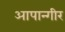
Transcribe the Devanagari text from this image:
आपान्गीर